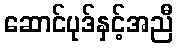
ဆောင်ပုဒ်နှင့်အညီ